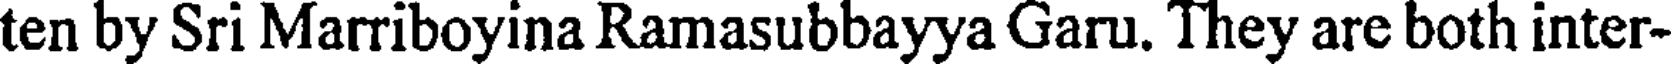
ten by Sri Marriboyina Ramasubbayya Garu. They are both inter-